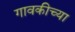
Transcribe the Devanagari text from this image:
गावकीच्या